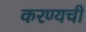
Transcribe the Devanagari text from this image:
करण्यची